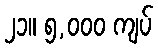
၂၁။ ၅,၀၀၀ ကျပ်